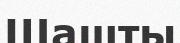
Шашты